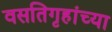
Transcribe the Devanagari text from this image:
वसतिगृहांच्या